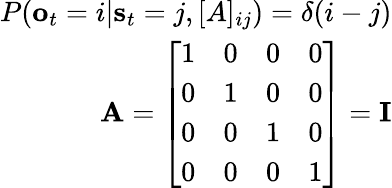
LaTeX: \begin{array}{r}{P(\mathbf{o}_{t}=i|\mathbf{s}_{t}=j,[A]_{ij})=\delta(i-j)}\\ {\mathbf{A}=\left[\begin{array}{llll}{1}&{0}&{0}&{0}\\ {0}&{1}&{0}&{0}\\ {0}&{0}&{1}&{0}\\ {0}&{0}&{0}&{1}\end{array}\right]=\mathbf{I}}\end{array}